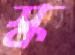
স্ক